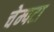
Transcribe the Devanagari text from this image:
चेम्पटा